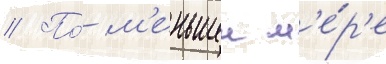
// По́ м'еньшеи м'е́р'е